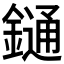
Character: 𨫤